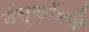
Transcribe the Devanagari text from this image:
नॅस्कॉमचे